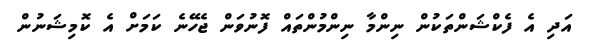
އަދި އެ ފެކްޝަންތަކުން ނިންމާ ނިންމުންތައް ފޮނުވަން ޖެހޭނެ ކަމަށް އެ ކޮމިޝަނުން